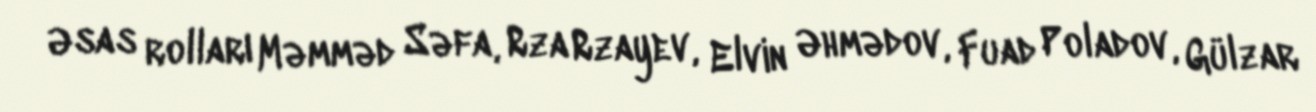
Əsas rolları Məmməd Səfa, Rza Rzayev, Elvin Əhmədov, Fuad Poladov, Gülzar